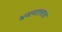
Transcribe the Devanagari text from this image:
भ्रमणालाच